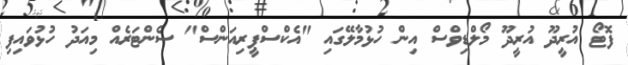
ފޮޓޯ އުރީދޫ އުރީދޫ މޯލްޑިވްސް އިން ހުޅުމާލޭގައި "އެކްސްޕީރިއަންސް" ސެންޓަރެއް މިއަދު ހުޅުވައިފި